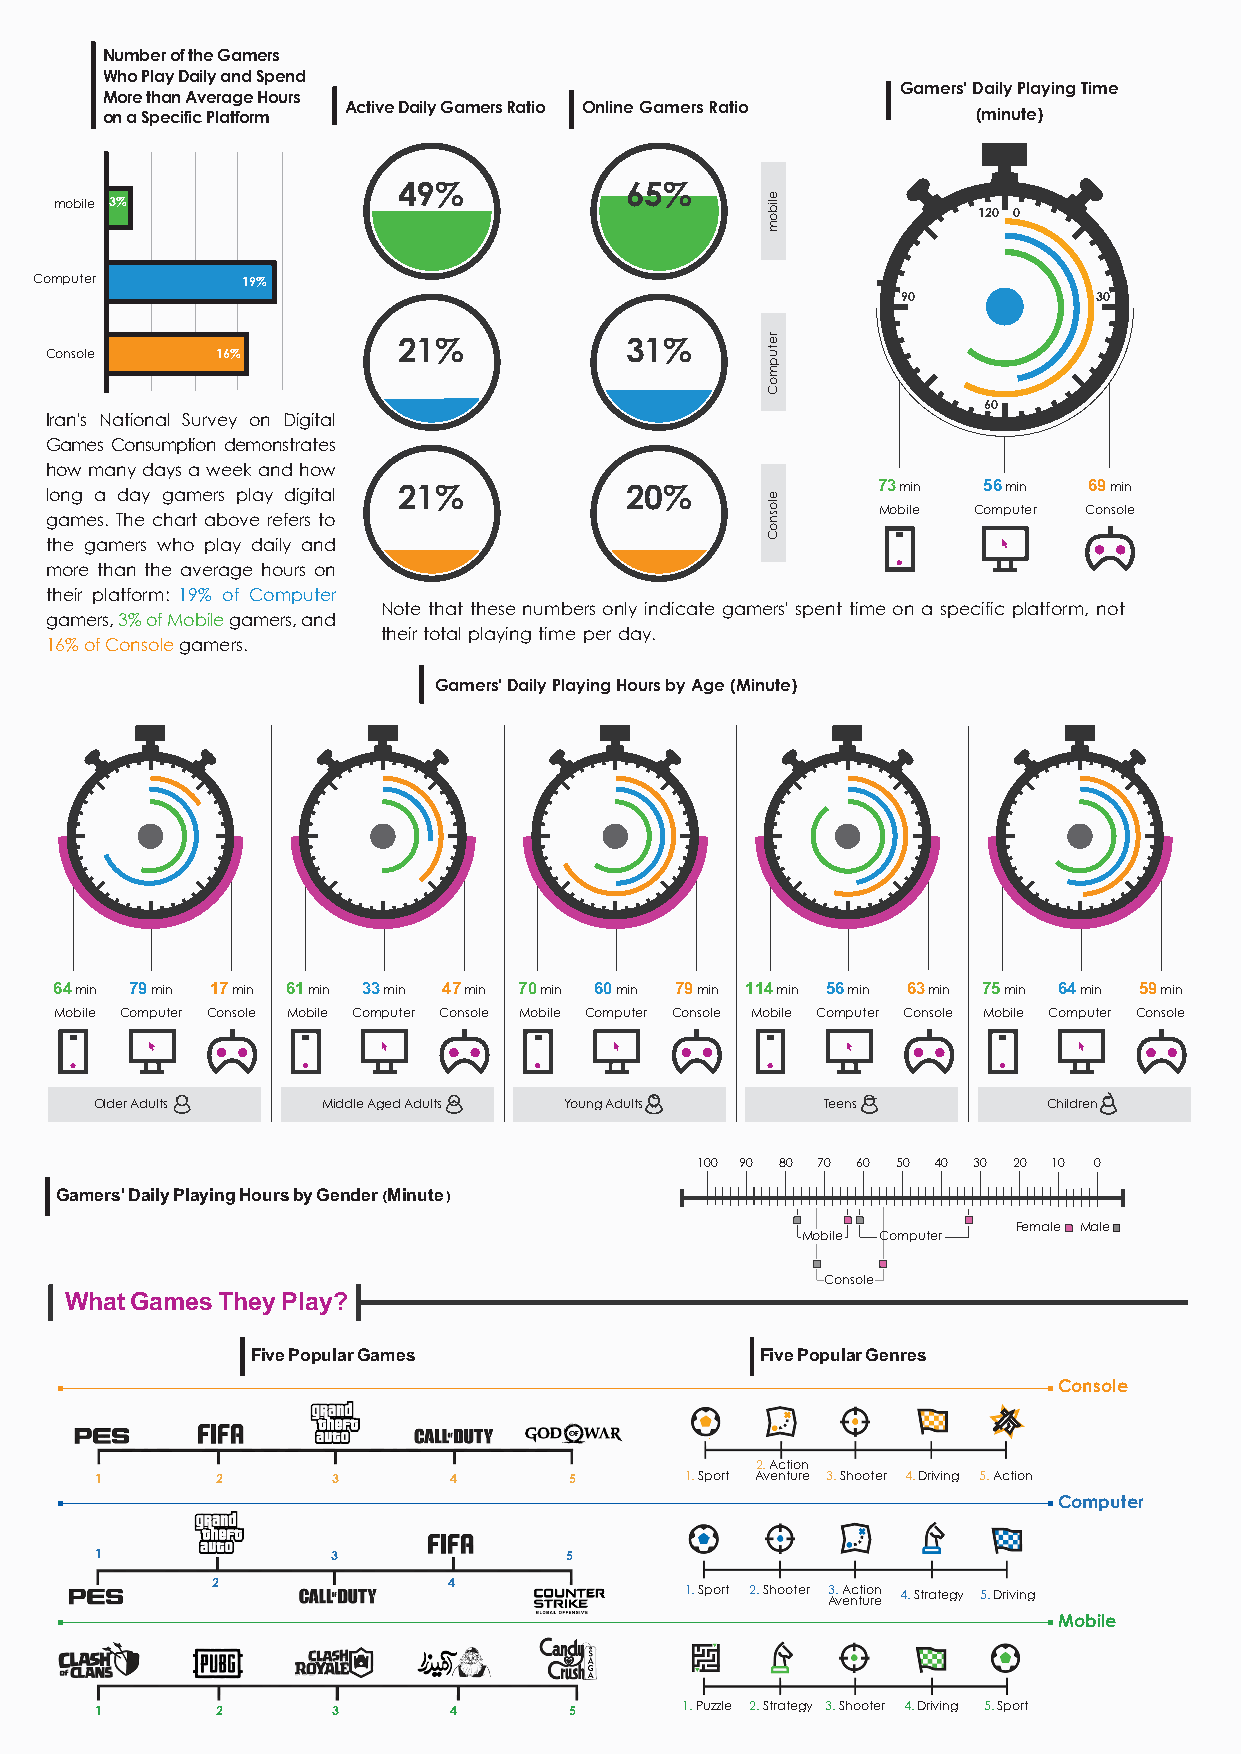
Number of the Gamers
 Who Play Daily and Spend
 Gamers' Daily Playing Time
 More than Average Hours
 Active Daily Gamers Ratio Online Gamers Ratio
 on a Specific Platform                                    (minute)
 49%            65%
 mobile 3%
 120 0
 Computer      19%
 90          30
 21%            31%
 Console    16%
 60
 Iran's National Survey on Digital
 Games Consumption demonstrates
 how many days a week and how
 long a day gamers play digital 21%    20%              73 min 56 min 69 min
 Mobile Computer Console
 games. The chart above refers to
 the gamers who play daily and
 more than the average hours on
 their platform: 19% of Computer
 Note that these numbers only indicate gamers' spent time on a specific platform, not
 gamers, 3% of Mobile gamers, and
 their total playing time per day.
 16% of Console gamers.
 Gamers' Daily Playing Hours by Age (Minute)
 64 min 79 min 17 min 61 min 33 min 47 min 70 min 60 min 79 min 114 min 56 min 63 min 75 min 64 min 59 min
 Mobile Computer Console Mobile Computer Console Mobile Computer Console Mobile Computer Console Mobile Computer Console
 Older Adults   Middle Aged Adults Young Adults   Teens         Children
 100 90 80 70 60 50 40 30 20 10 0
 Gamers' Daily Playing Hours by Gender (Minute)
 Female Male
 Mobile Computer
 Console
 What Games They Play?
 Five Popular Games               Five Popular Genres
 Console
 2. Action
 1       2       3       4       5      1. Sport Aventure 3. Shooter 4. Driving 5. Action
 Computer
 1               3              5
 2               4
 1. Sport 2. Shooter A3. v A enc tt uio ren 4. Strategy 5. Driving
 Mobile
 1       2       3       4       5      1. Puzzle 2. Strategy 3. Shooter 4. Driving 5. Sport
 ۹۱٪                                           elibom
 retupmoC
 elosnoC